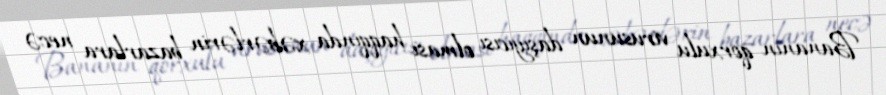
Bananın qorxulu virusunun daşıyıcısı olması haqqında xəbərlərin bazarlara necə